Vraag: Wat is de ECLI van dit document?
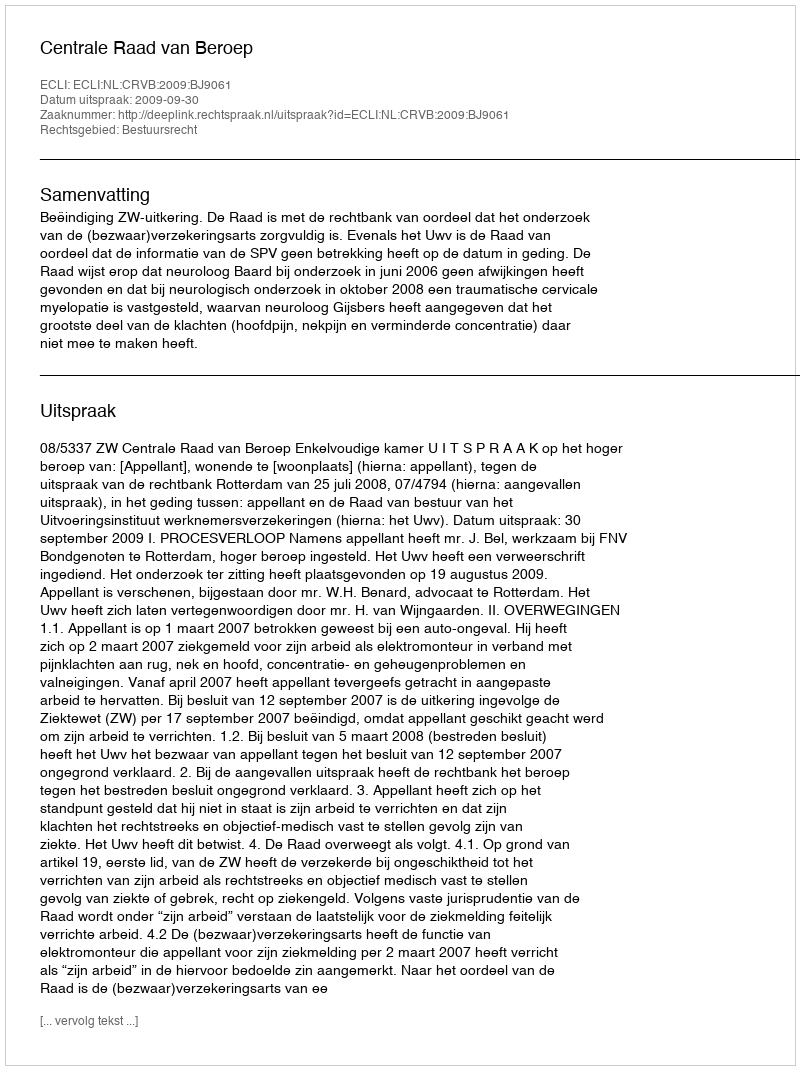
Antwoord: ECLI:NL:CRVB:2009:BJ9061